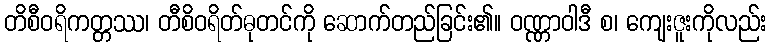
တိစီဝရိကတ္တဿ၊ တီစိဝရိတ်ဓုတင်ကို ဆောက်တည်ခြင်း၏။ ဝဏ္ဏာဝါဒီ စ၊ ကျေးဇူးကိုလည်း